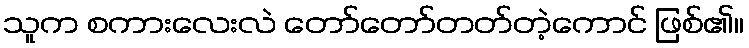
သူက စကားလေးလဲ တော်တော်တတ်တဲ့ကောင် ဖြစ်၏။